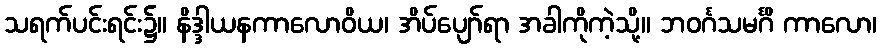
သရက်ပင်းရင်း၌။ နိဒ္ဒါယနကာလောဝိယ၊ အိပ်ပျော်ရာ အခါကိုကဲ့သို့။ ဘဝင်္ဂသမင်္ဂိ ကာလော၊